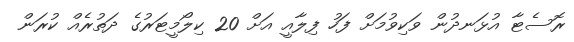
ރޮސެޓާ އުޅަނދުން ވަކިވުމަށް ފަހު ފިލާއީ އަށް 20 ކިލޯމީޓަރުގެ ދަތުރެއް ކުރަން